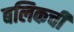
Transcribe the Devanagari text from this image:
बलिकची